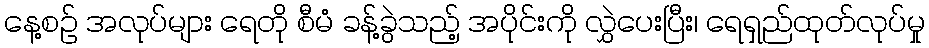
နေ့စဉ် အလုပ်များ ရေတို စီမံ ခန့်ခွဲသည့် အပိုင်းကို လွှဲပေးပြီး၊ ရေရှည်ထုတ်လုပ်မှု